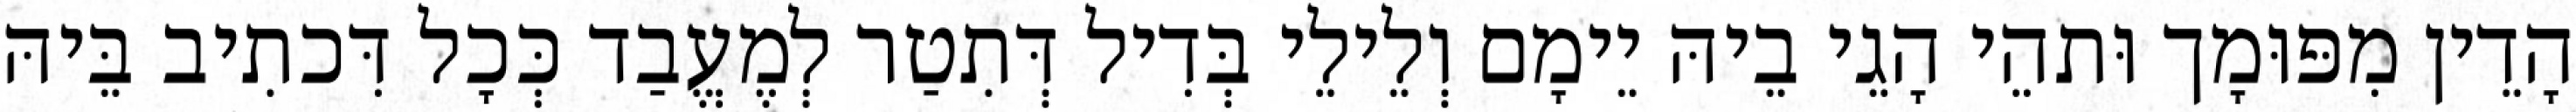
הָדֵין מִפּוּמָך וּתהֵי הָגֵי בֵיהּ יֵימָם וְלֵילֵי בְּדִיל דְּתִטַר לְמֶעֱבַד כְּכָל דִּכתִיב בֵּיהּ